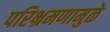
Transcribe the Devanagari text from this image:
परिभ्रमणामुळे